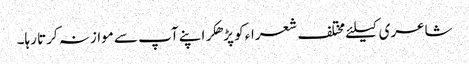
شاعری کیلئے مختلف شعراء کو پڑھکر اپنے آپ سے موازنہ کرتا رہا۔